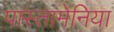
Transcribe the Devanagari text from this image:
पास्तामेनिया